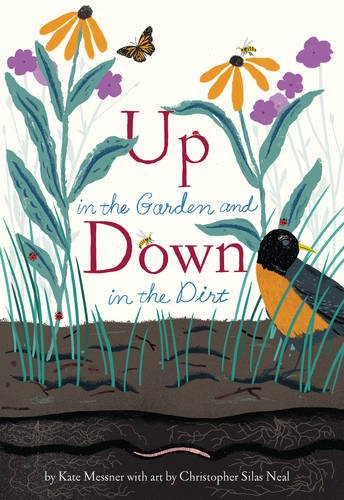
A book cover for Up in the Garden and Down in the Dirt; Kate Messner; Crafts, Hobbies & Home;